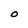
Character: O